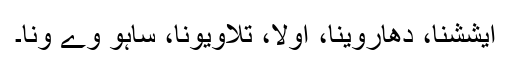
ایششنا، دھاروینا، اولا، تلاویونا، ساہو وے ونا۔